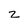
Character: z